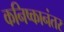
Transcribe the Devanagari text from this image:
कनिष्कानंतर